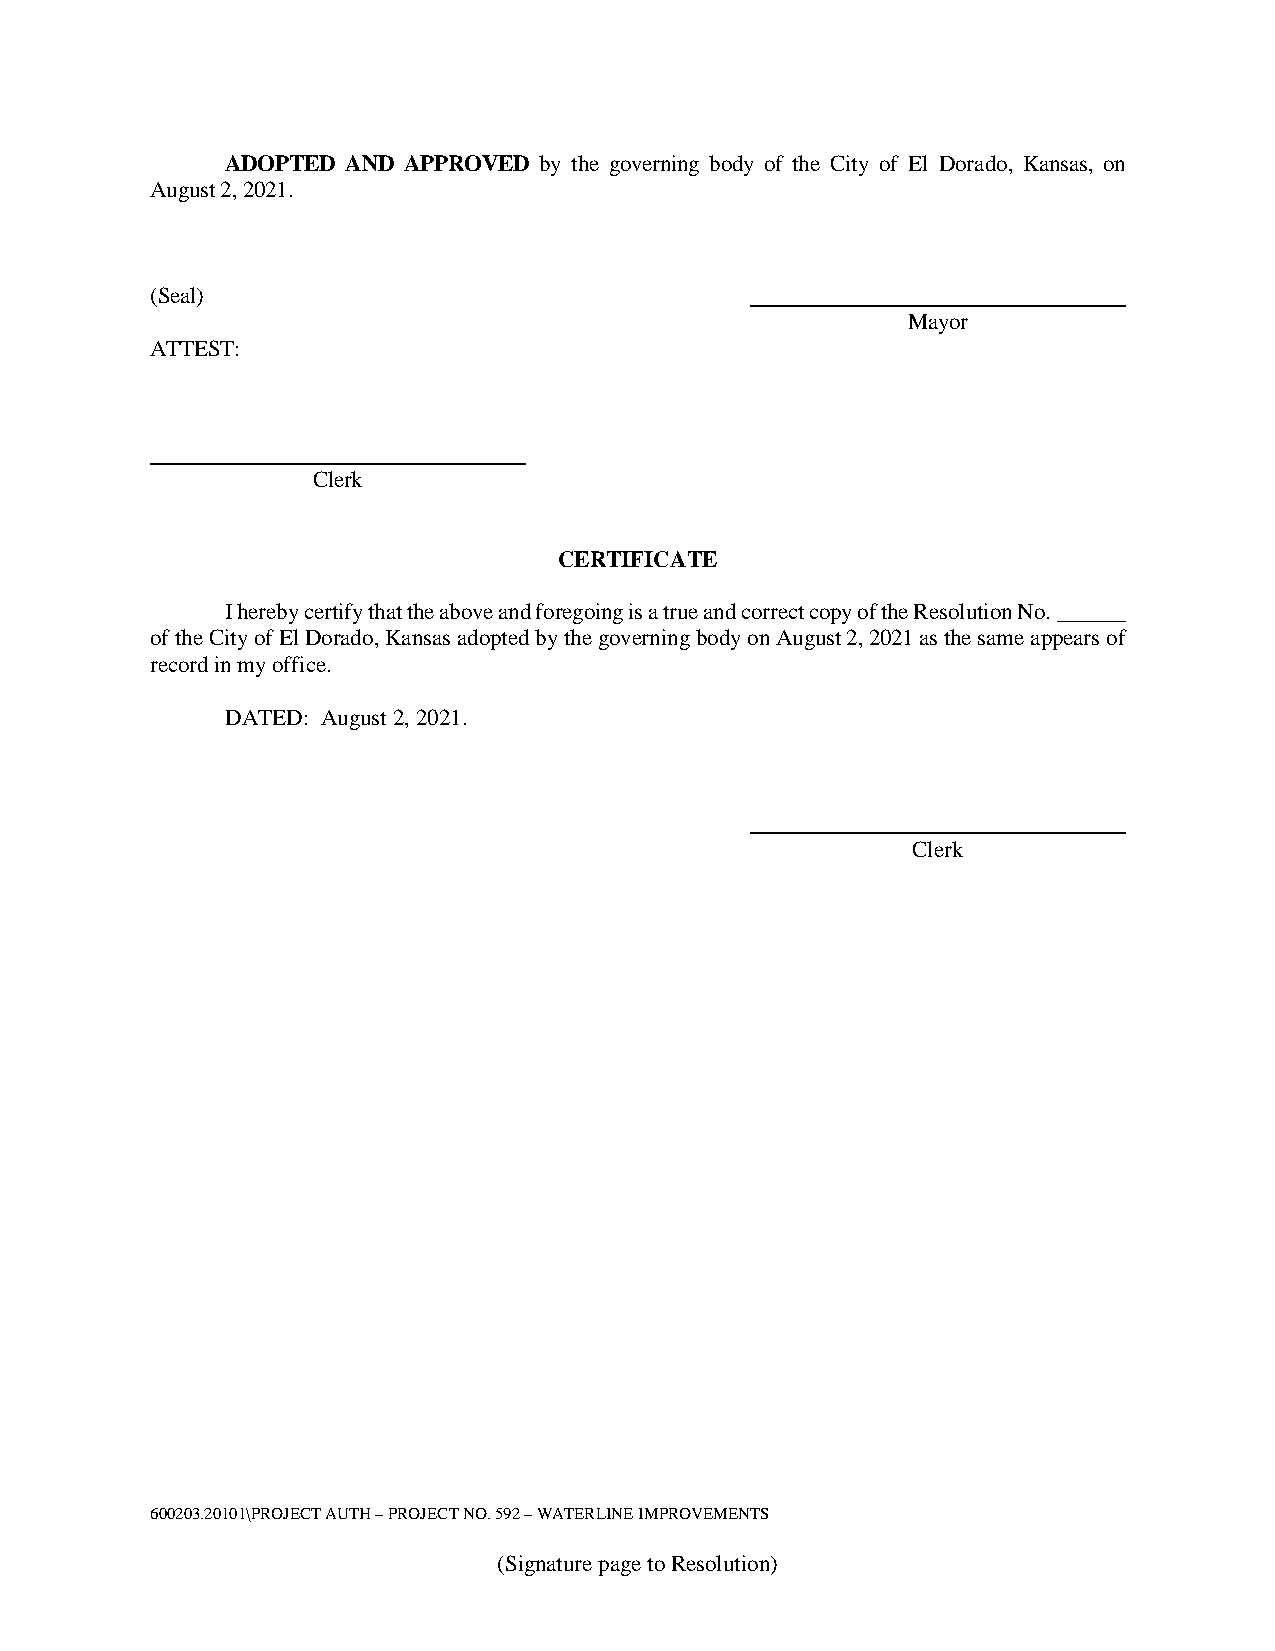
ADOPTED AND APPROVED by the governing body of the City of El Dorado, Kansas, on
 August 2, 2021.
 (Seal)
 Mayor
 ATTEST:
 Clerk
 CERTIFICATE
 I hereby certify that the above and foregoing is a true and correct copy of the Resolution No. ______
 of the City of El Dorado, Kansas adopted by the governing body on August 2, 2021 as the same appears of
 record in my office.
 DATED: August 2, 2021.
 Clerk
 600203.20101\PROJECT AUTH – PROJECT NO. 592 – WATERLINE IMPROVEMENTS
 (Signature page to Resolution)